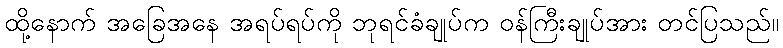
ထို့နောက် အခြေအနေ အရပ်ရပ်ကို ဘုရင်ခံချုပ်က ဝန်ကြီးချုပ်အား တင်ပြသည်။